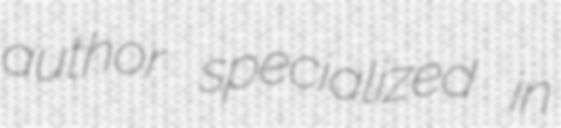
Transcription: author specialized in